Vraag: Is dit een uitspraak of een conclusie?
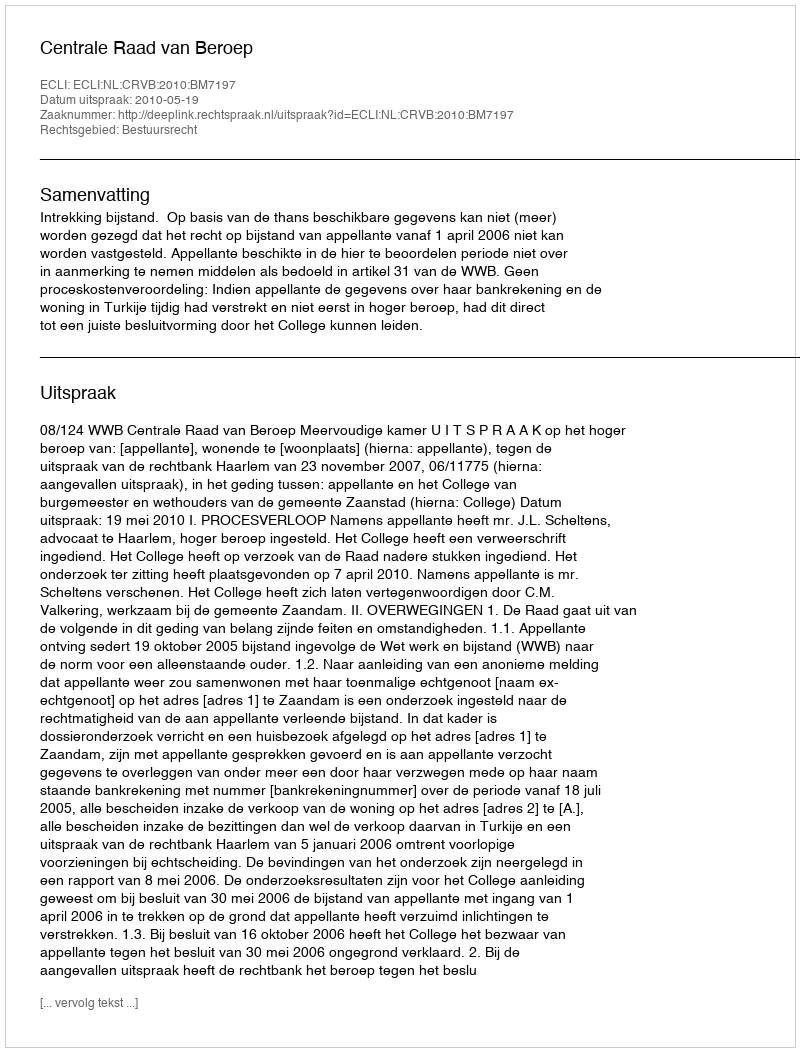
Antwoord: Uitspraak